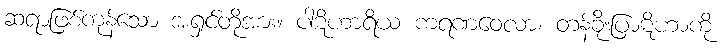
ဆရာဖြစ်ကုန်သော အရှင်တို့အား။ ပါဋိဟာရိယ ကရဏဝေလာ၊ တန်ခိုးပြာဋိဟာကို